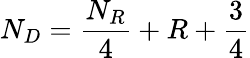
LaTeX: N_{D}=\frac{N_{R}}{4}+R+\frac{3}{4}